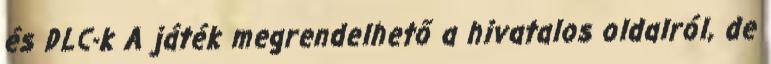
és DLC-k A játék megrendelhető a hivatalos oldalról, de